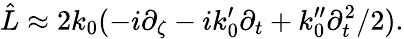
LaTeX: \hat{L}\approx 2k_{0}(-i\partial_{\zeta}-ik_{0}^{\prime}\partial_{t}+k_{0}^{\prime\prime}\partial_{t}^{2}/2).